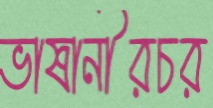
ভাষানীরচর